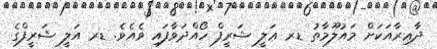
ދާޢިރާއަކަށް މައުލޫމާތު ޑރ ޢަލީ ޝަރީފް ހޯއްދަވާފައި ވެއެވެ. ޑރ އަލީ ޝަރީފްގެ